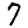
Digit: 7